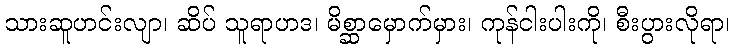
သားဆူဟင်းလျာ၊ ဆိပ် သူရာဟဒ၊ မိစ္ဆာမှောက်မှား၊ ကုန်ငါးပါးကို၊ စီးပွားလိုရာ၊